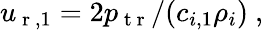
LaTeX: u_{\mathrm{~r~},1}=2p_{\mathrm{~t~r~}}/(c_{i,1}\rho_{i})\ ,